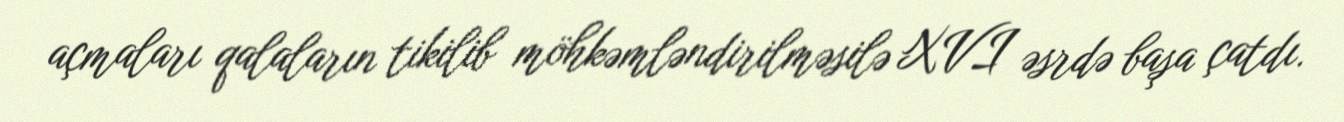
açmaları qalaların tikilib möhkəmləndirilməsilə XVI əsrdə başa çatdı.